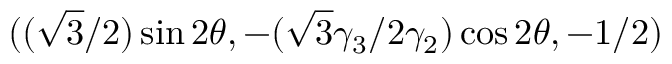
( ( \sqrt { 3 } / 2 ) \sin 2 \theta , - ( { \sqrt { 3 } \gamma _ { 3 } } / { 2 \gamma _ { 2 } } ) \cos 2 \theta , - { 1 } / { 2 } )